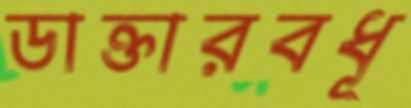
ডাক্তারবধূ